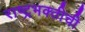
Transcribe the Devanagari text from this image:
राष्ट्रभक्तीची